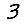
Digit: 3